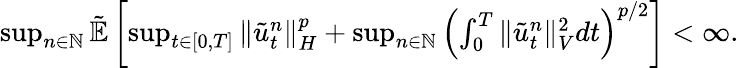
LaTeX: \begin{array}{r}{\operatorname*{sup}_{n\in\mathbb{N}}\tilde{\mathbb{E}}\left[\operatorname*{sup}_{t\in[0,T]}\| \tilde{u}_{t}^{n}\| _{H}^{p}+\operatorname*{sup}_{n\in\mathbb{N}}\left(\int_{0}^{T}\| \tilde{u}_{t}^{n}\| _{V}^{2}dt\right)^{p/2}\right]<\infty.}\end{array}